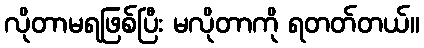
လိုတာမရဖြစ်ပြီး မလိုတာကို ရတတ်တယ်။